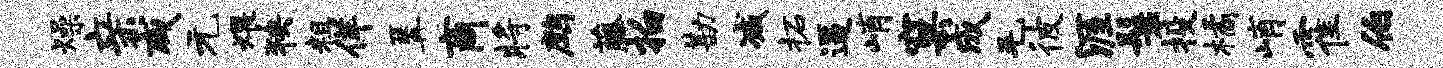
燥亲咸元煨狭粗佯篝商将鹧藤拍勘减柘逼峭窠成毛彼涯鬟投橘峭霍伯